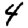
Digit: 4